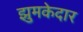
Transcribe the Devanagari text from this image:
झुमकेदार